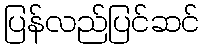
ပြန်လည်ပြင်ဆင်